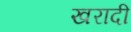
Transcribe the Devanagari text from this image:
खरादी